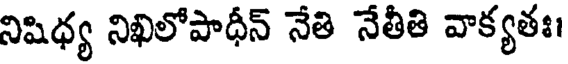
నిషిధ్య నిఖిలోపాధీన్ నేతి నేతీతి వాక్యతః।